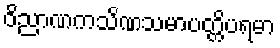
ဝိညာဏကသိဏသမာပတ္တိပရမာ